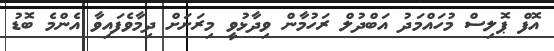
އޮފް ޕޮލިސް މުހައްމަދު އަބްދުލް ރަހުމާން ވިދާޅުވީ މިރަށަށް ދިމާވެފައިވާ އެންމެ ބޮޑު